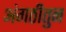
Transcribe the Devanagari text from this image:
अंगठीतुन